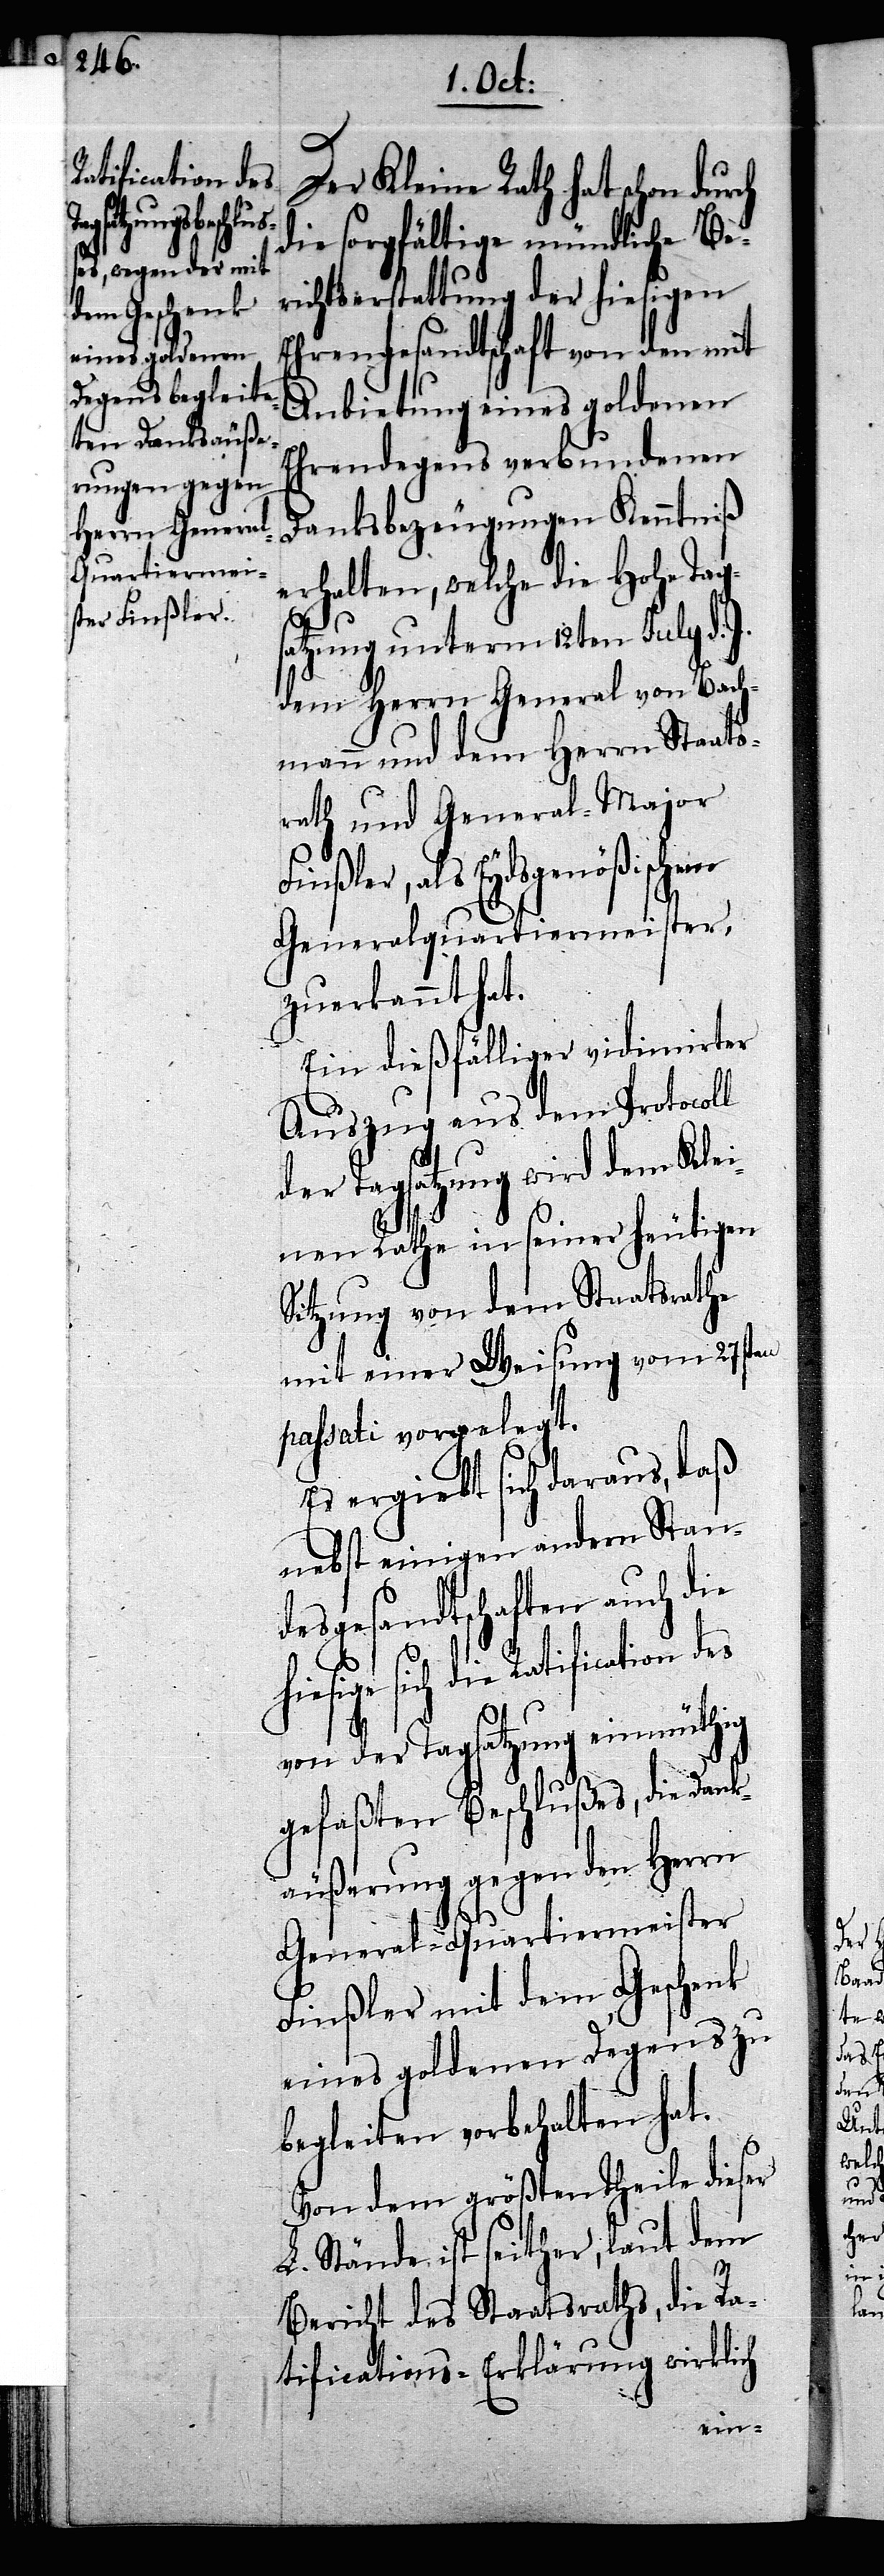
ch

Ratification des

Der Kleine Rath hat schon dur¬
die sorgfältige mündliche Be¬
richtserstattung der hiesigen
Ehrengesandtschaft von den mit
Anbietung eines goldenen
Ehrendegens verbundenen
Danksbezeugungen Kenntniß
erhalten, welche die Hohe Tags¬
atzung unterm 12ten July d. J.
dem Herrn General von Bach¬
mann und dem Herrn Staats¬
rath und General-Major
Finßler, als Eydsgenößischen
Generalquartiermeister,
zuerkannt hat.
Ein dießfälliger vidimirter
Auszug aus dem Protocoll
der Tagsatzung wird dem Klei¬
nen Rathe in seiner heutigen
Sitzung von dem Staatsrathe
mit einer Weisung vom 27sten
passati vorgelegt.
Es ergiebt sich daraus, daß
nebst einigen andern Stan¬
desgesandtschaften auch die
hiesige sich die
von der Tagsatzung einmüthig
gefaßten Beschlußes, die Dank¬
äußerung gegen den Herrn
General-Quartiermeister
Finßler mit dem Geschenk
eines goldenen Degens zu
begleiten vorbehalten hat.
Von dem größten Theile dieser
L. Stände ist seither, laut dem
Bericht des Staatsraths, die Ra¬
tifications-Erklärung wirklich